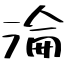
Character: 淪